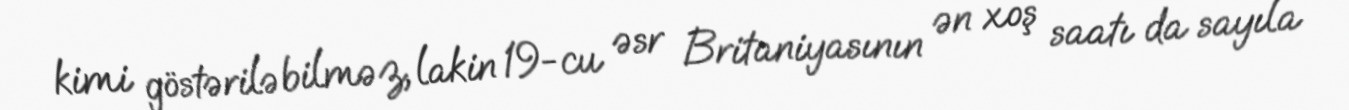
kimi göstərilə bilməz, lakin 19-cu əsr Britaniyasının ən xoş saatı da sayıla